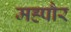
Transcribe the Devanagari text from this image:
मह्पौर